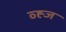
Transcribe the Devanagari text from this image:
व्ह्ज